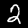
Digit: 2